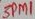
Text: 3PM1